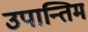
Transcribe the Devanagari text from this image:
उपान्तिम